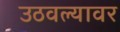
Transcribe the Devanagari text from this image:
उठवल्यावर